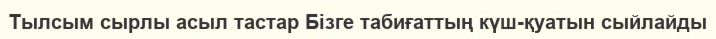
Тылсым сырлы асыл тастар Бізге табиғаттың күш-қуатын сыйлайды